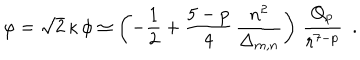
\varphi = \sqrt { 2 } \, \kappa \, \phi \simeq \left( - \frac { 1 } { 2 } + \frac { 5 - p } { 4 } \, \frac { n ^ { 2 } } { \Delta _ { m , n } } \right) \, \frac { Q _ { p } } { r ^ { 7 - p } } ~ ~ .